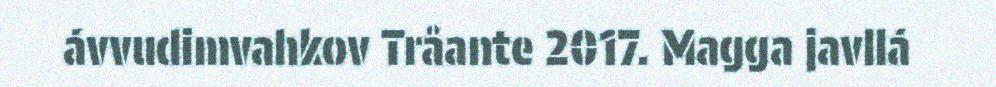
ávvudimvahkov Tråante 2017. Magga javllá